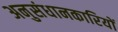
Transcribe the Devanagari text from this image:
अनुसंधानकारियों